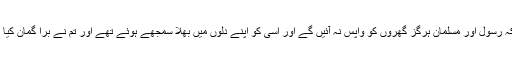
بلکہ تم تو یہ سمجھے ہوئے تھے کہ رسول اور مسلمان ہرگز گھروں کو واپس نہ آئیں گے اور اسی کو اپنے دلوں میں بھلا سمجھے ہوئے تھے اور تم نے بُرا گمان کیا اور تم ہلاک ہونے والے لوگ تھے۔